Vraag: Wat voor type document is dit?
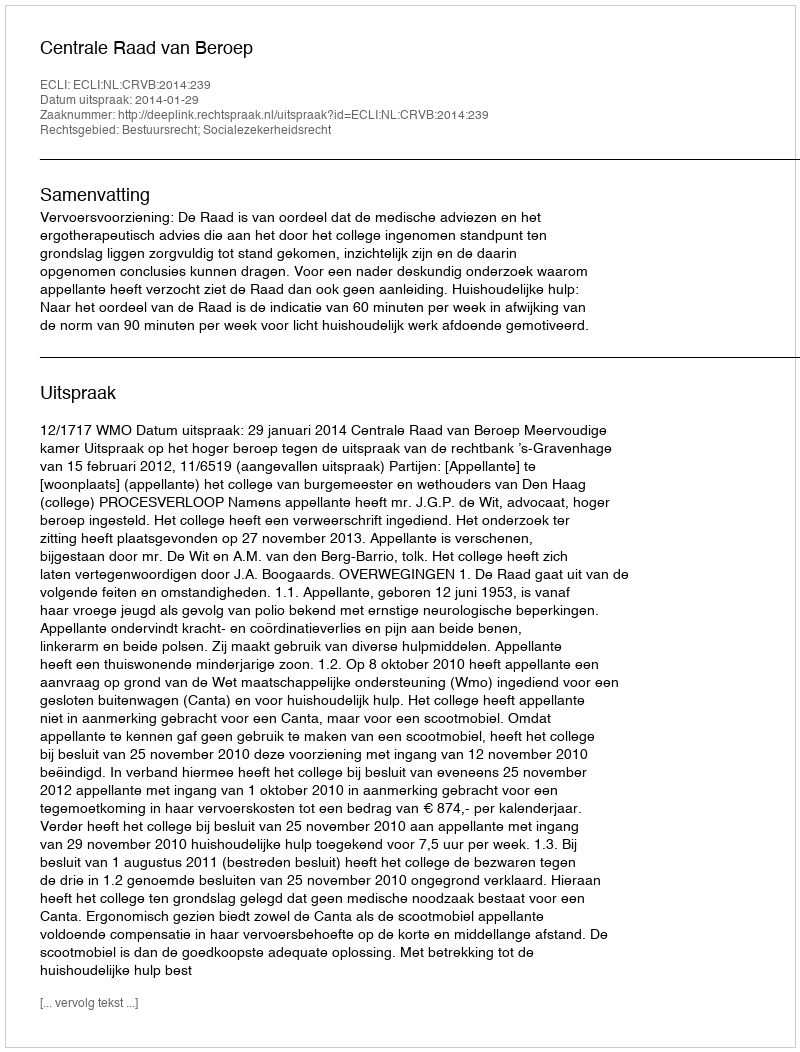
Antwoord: Uitspraak